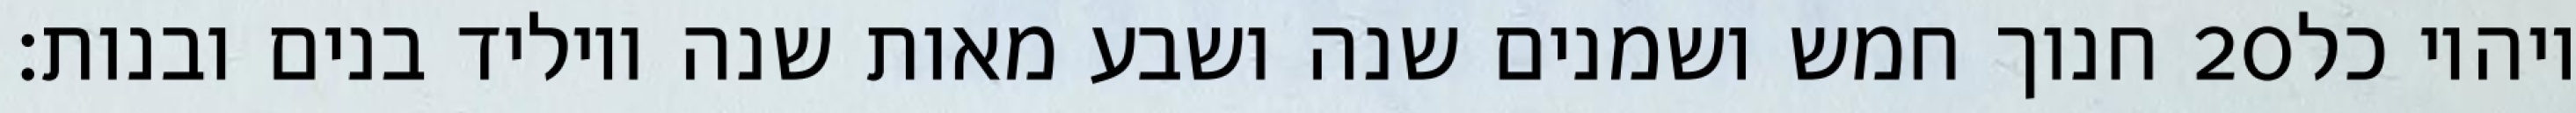
חנוך חמש ושמנים שנה ושבע מאות שנה ויוליד בנים ובנות׃ ‎20‏ ויהיו כל